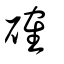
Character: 確